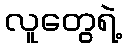
လူတွေရဲ့